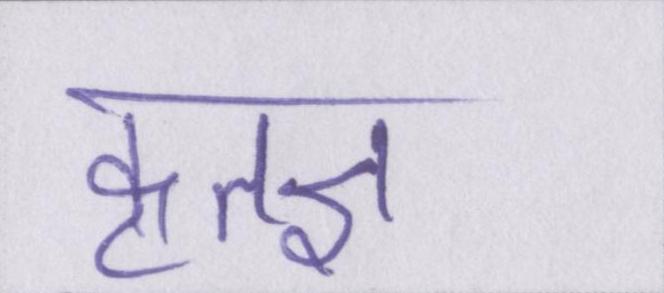
कृतज्ञ